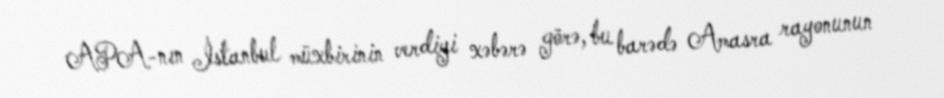
APA-nın İstanbul müxbirinin verdiyi xəbərə görə, bu barədə Amasra rayonunun